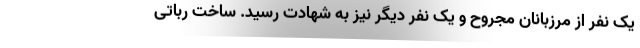
یک نفر از مرزبانان مجروح و یک نفر دیگر نیز به شهادت رسید. ساخت رباتی